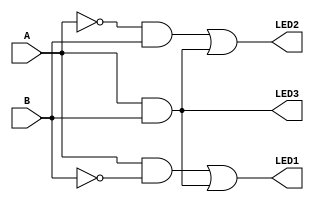
`timescale 1ns / 1ps
//////////////////////////////////////////////////////////////////////////////////
// Company: National University of Singapore
// 
// Design Name: EE2020 Lab 1
// Module Name: my_control_module
// Project Name: EE2020
// Target Devices: 
// Tool Versions: 
// Description: 
// 
// Dependencies: 
// 
// Revision:
// Revision 0.01 - File Created
// Additional Comments:
// 
//////////////////////////////////////////////////////////////////////////////////


module my_control_module(
    input A,
    input B,
    output LED1,
    output LED2,
    output LED3
    );
    
    assign LED1 = (A & ~B) | (A & B);
    assign LED2 = (~A & B) | (A & B);
    assign LED3 = A & B;
    
endmodule